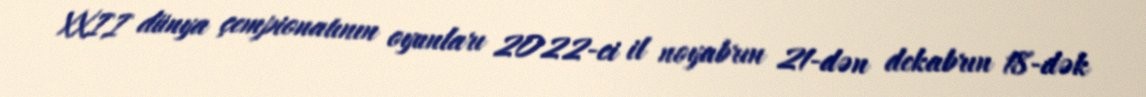
XXII dünya çempionatının oyunları 2022-ci il noyabrın 21-dən dekabrın 18-dək